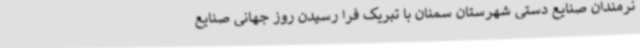
نرمندان صنایع دستی شهرستان سمنان با تبریک فرا رسیدن روز جهانی صنایع